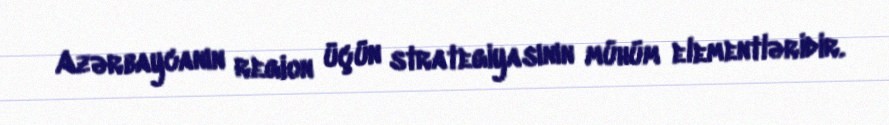
Azərbaycanın region üçün strategiyasının mühüm elementləridir.